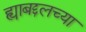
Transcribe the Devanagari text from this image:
ह्याबद्दलच्या